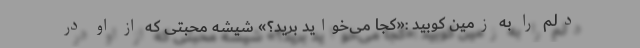
دلم را به زمین کوبید :«کجا می‌خواید برید؟» شیشه محبتی که از او در